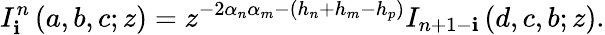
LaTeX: I_{\mathbf{i}}^{n}\left(a,b,c;z\right)=z^{-2\alpha_{n}\alpha_{m}-\left(h_{n}+h_{m}-h_{p}\right)}I_{n+1-\mathbf{i}}\left(d,c,b;z\right).